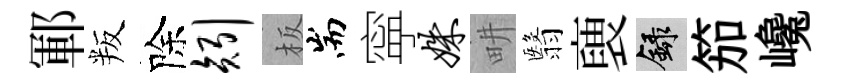
鄆叛除矧板耑寜姝畊翳褏録笳巉